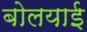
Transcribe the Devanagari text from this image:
बोलयाई